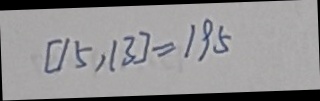
[ 1 5 > 1 3 ] = 1 9 5